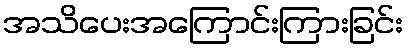
အသိပေးအကြောင်းကြားခြင်း